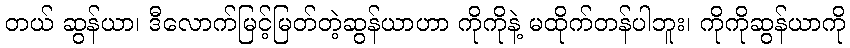
တယ် ဆွန်ယာ၊ ဒီလောက်မြင့်မြတ်တဲ့ဆွန်ယာဟာ ကိုကိုနဲ့ မထိုက်တန်ပါဘူး၊ ကိုကိုဆွန်ယာကို